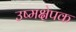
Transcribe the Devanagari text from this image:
उष्मक्षेपक